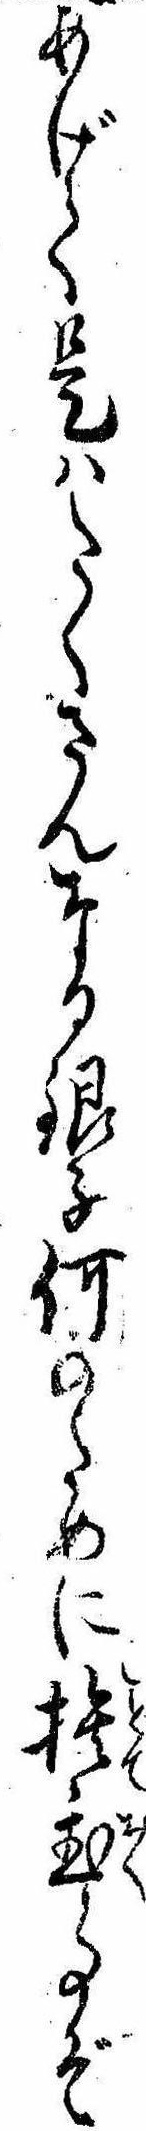
あげて是はたくさんなる銀子何のために捨置事ぞ